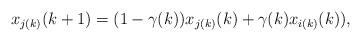
LaTeX: \begin{align*} x_{j(k)}(k+1)=(1-\gamma(k))x_{j(k)}(k)+\gamma(k) x_{i(k)}(k)), \end{align*}